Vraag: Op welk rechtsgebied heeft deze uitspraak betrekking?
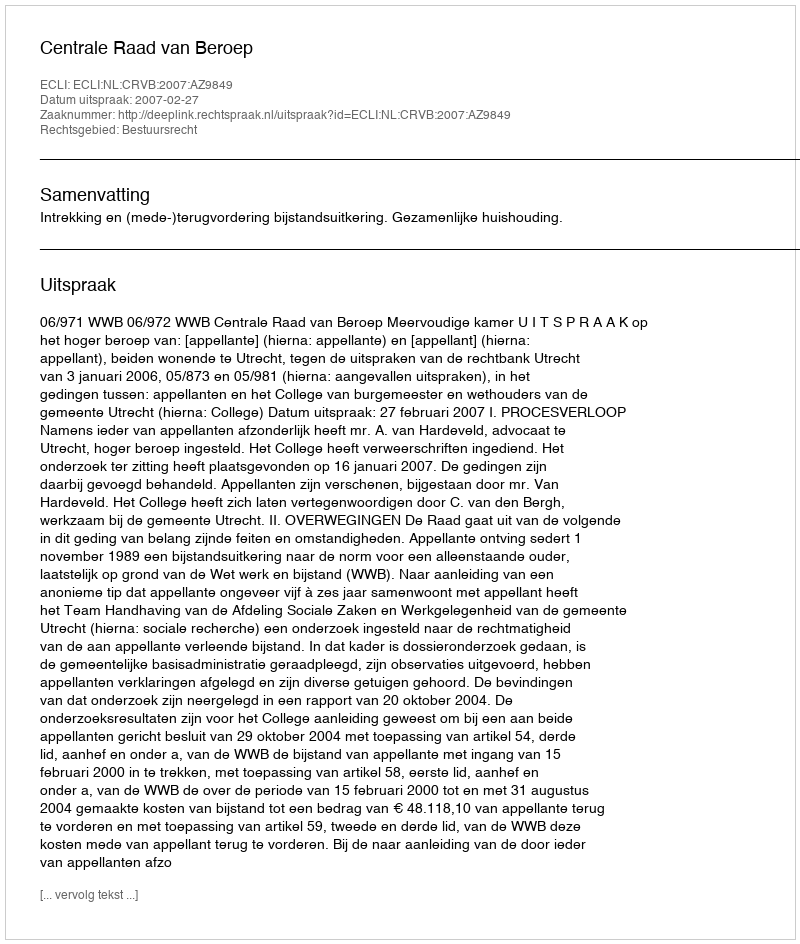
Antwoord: Bestuursrecht